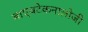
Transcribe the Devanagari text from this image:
बाएवटेकनालोजी